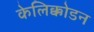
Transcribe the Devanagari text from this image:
केलिक्कोडन